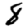
Digit: 8